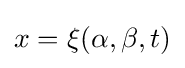
x=\xi (\alpha ,\beta ,t)